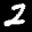
Label: 2